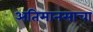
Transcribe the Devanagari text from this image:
अतिमानसाचा